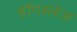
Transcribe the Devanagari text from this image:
डॉगस्लेज